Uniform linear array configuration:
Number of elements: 32
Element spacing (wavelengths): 0.25
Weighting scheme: hamming
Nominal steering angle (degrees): -45
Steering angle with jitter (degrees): -45.596
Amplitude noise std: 0.05
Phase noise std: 0.05

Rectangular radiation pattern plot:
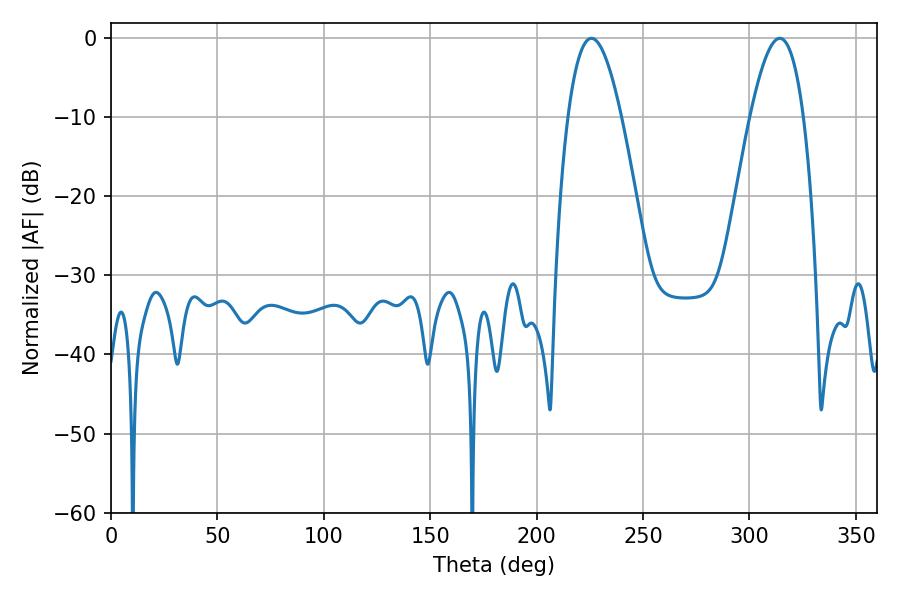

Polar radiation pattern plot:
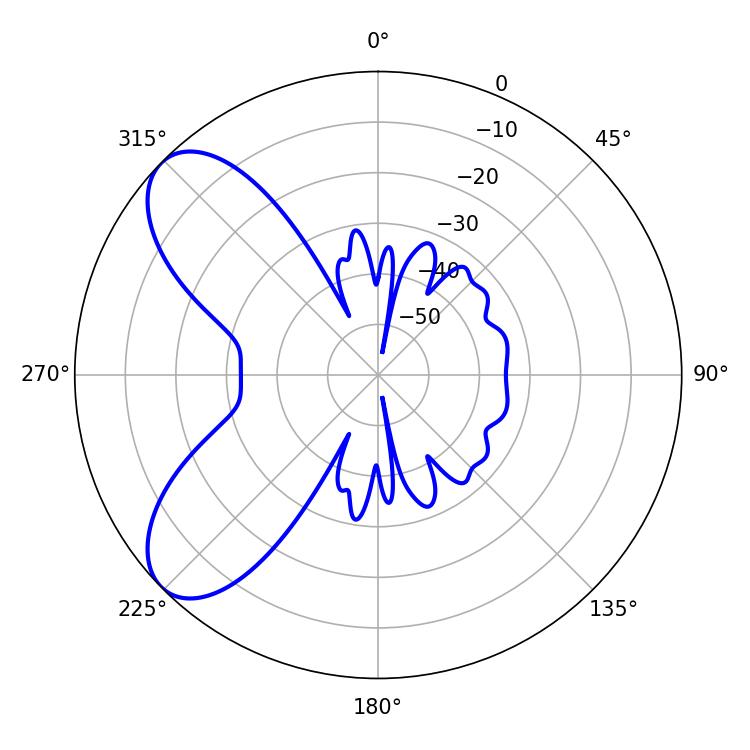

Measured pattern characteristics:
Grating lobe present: FALSE
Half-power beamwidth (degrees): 13.68
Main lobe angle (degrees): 225.72